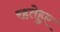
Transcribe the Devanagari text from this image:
रहतेहुए